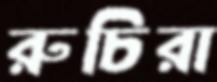
রুচিরা